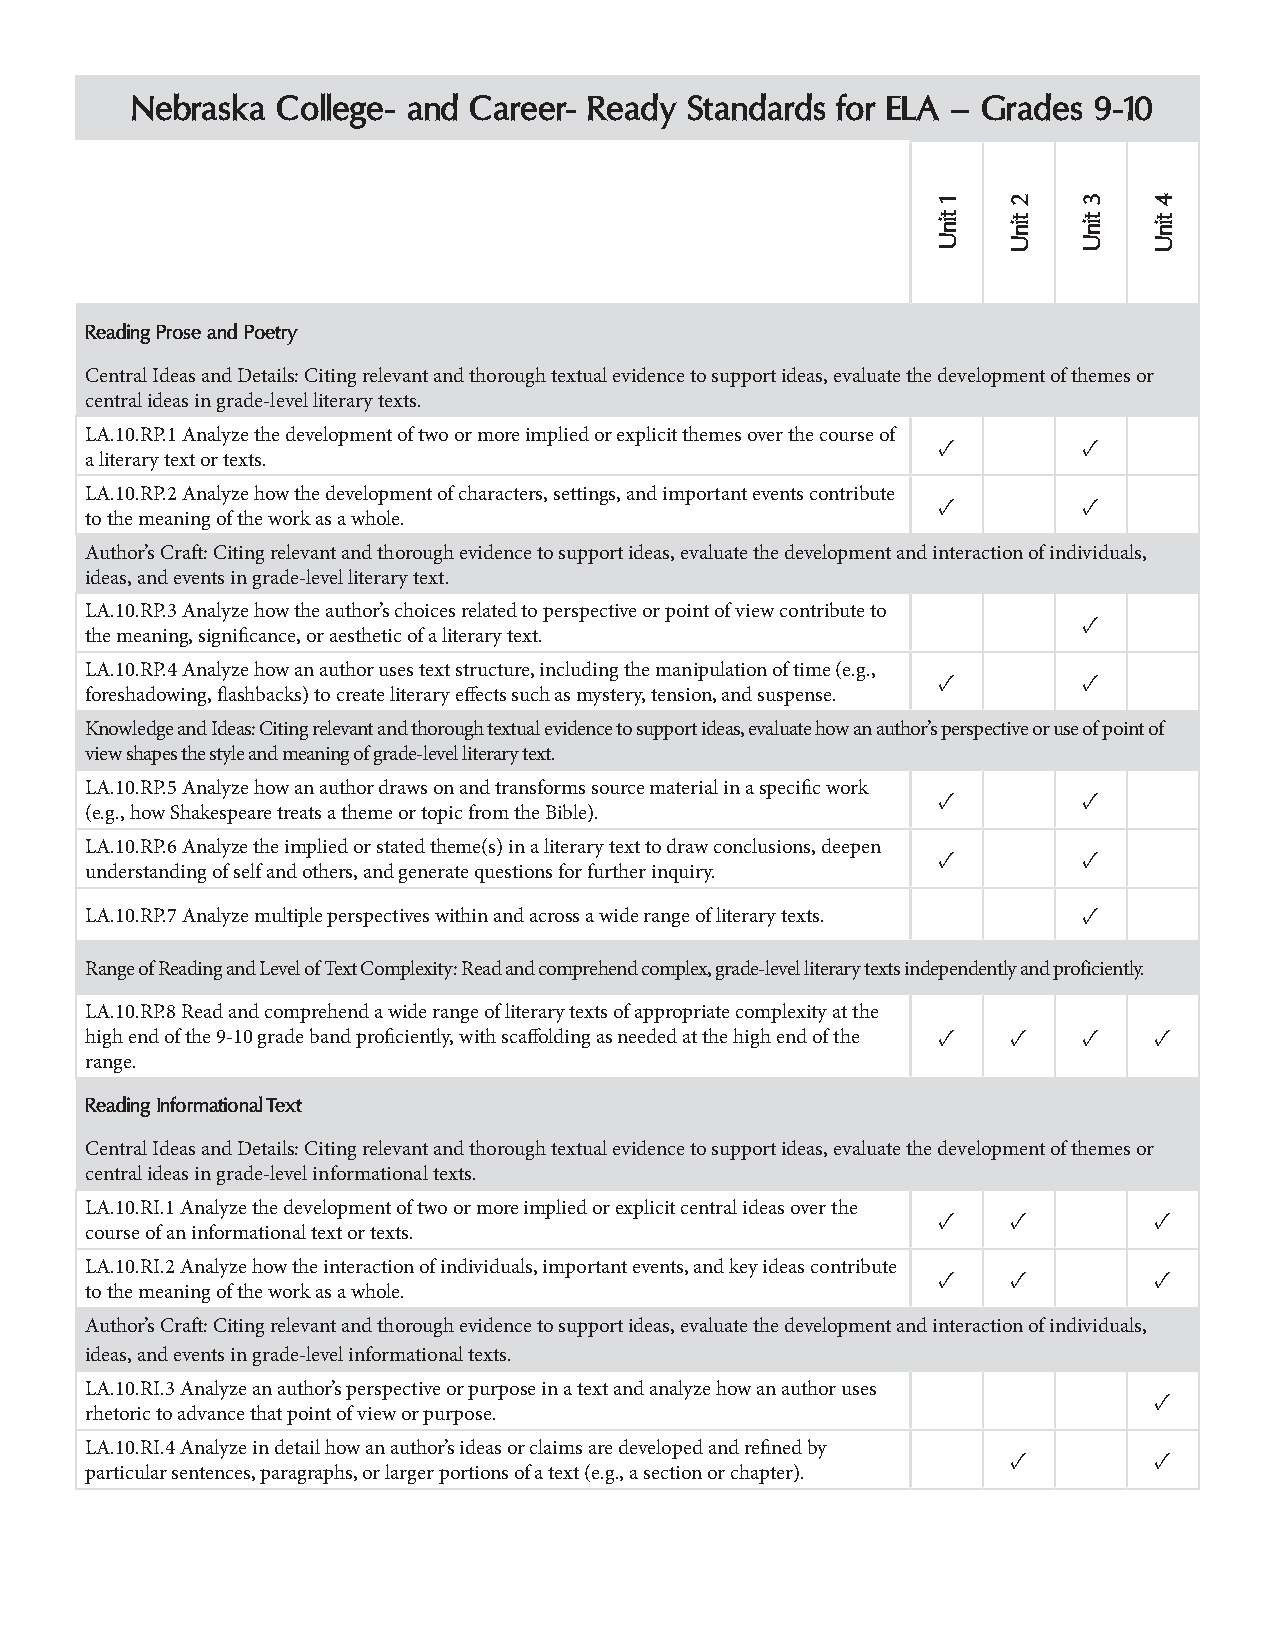
Nebraska College- and Career- Ready  Standards for ELA – Grades 9-10
 Reading Prose and Poetry
 Central Ideas and Details: Citing relevant and thorough textual evidence to support ideas, evaluate the development of themes or
 central ideas in grade-level literary texts.
 LA.10.RP.1 Analyze the development of two or more implied or explicit themes over the course of
 ✓         ✓
 a literary text or texts.
 LA.10.RP.2 Analyze how the development of characters, settings, and important events contribute
 ✓         ✓
 to the meaning of the work as a whole.
 Author’s Craft: Citing relevant and thorough evidence to support ideas, evaluate the development and interaction of individuals,
 ideas, and events in grade-level literary text.
 LA.10.RP.3 Analyze how the author’s choices related to perspective or point of view contribute to
 ✓
 the meaning, significance, or aesthetic of a literary text.
 LA.10.RP.4 Analyze how an author uses text structure, including the manipulation of time (e.g.,
 ✓         ✓
 foreshadowing, flashbacks) to create literary effects such as mystery, tension, and suspense.
 Knowledge and Ideas: Citing relevant and thorough textual evidence to support ideas, evaluate how an author’s perspective or use of point of
 view shapes the style and meaning of grade-level literary text.
 LA.10.RP.5 Analyze how an author draws on and transforms source material in a specific work
 ✓         ✓
 (e.g., how Shakespeare treats a theme or topic from the Bible).
 LA.10.RP.6 Analyze the implied or stated theme(s) in a literary text to draw conclusions, deepen
 ✓         ✓
 understanding of self and others, and generate questions for further inquiry.
 LA.10.RP.7 Analyze multiple perspectives within and across a wide range of literary texts. ✓
 Range of Reading and Level of Text Complexity: Read and comprehend complex, grade-level literary texts independently and proficiently.
 LA.10.RP.8 Read and comprehend a wide range of literary texts of appropriate complexity at the
 high end of the 9-10 grade band proficiently, with scaffolding as needed at the high end of the ✓ ✓ ✓ ✓
 range.
 Reading Informational Text
 Central Ideas and Details: Citing relevant and thorough textual evidence to support ideas, evaluate the development of themes or
 central ideas in grade-level informational texts.
 LA.10.RI.1 Analyze the development of two or more implied or explicit central ideas over the
 ✓    ✓        ✓
 course of an informational text or texts.
 LA.10.RI.2 Analyze how the interaction of individuals, important events, and key ideas contribute
 ✓    ✓        ✓
 to the meaning of the work as a whole.
 Author’s Craft: Citing relevant and thorough evidence to support ideas, evaluate the development and interaction of individuals,
 ideas, and events in grade-level informational texts.
 LA.10.RI.3 Analyze an author’s perspective or purpose in a text and analyze how an author uses
 ✓
 rhetoric to advance that point of view or purpose.
 LA.10.RI.4 Analyze in detail how an author’s ideas or claims are developed and refined by
 ✓        ✓
 particular sentences, paragraphs, or larger portions of a text (e.g., a section or chapter).
 1
 tinU
 2
 tinU
 3
 tinU
 4
 tinU